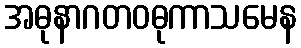
အဓုနာဂတဝဓုကာသမေန